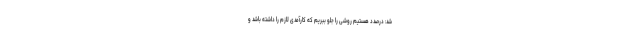
شد: درصدد هستیم روشی را جلو ببریم که کارآمدی لازم را داشته باشد و